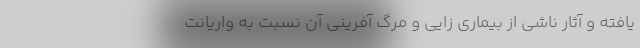
یافته و آثار ناشی از بیماری زایی و مرگ آفرینی آن نسبت به واریانت